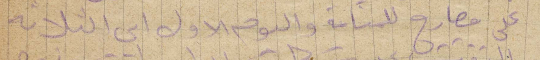
عن مطارح للمنامة واليوم الأول أي الثلاثة